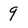
Character: 9